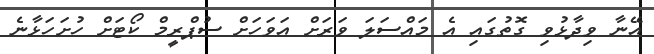
އޭނާ ވިދާޅުވި ގޮތުގައި އެ މައްސަލަ ވަރަށް އަވަހަށް ސުޕްރީމް ކޯޓަށް ހުށަހަޅާނެ